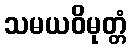
သမယဝိမုတ္တံ